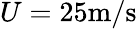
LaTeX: U=25\mathrm{m/s}